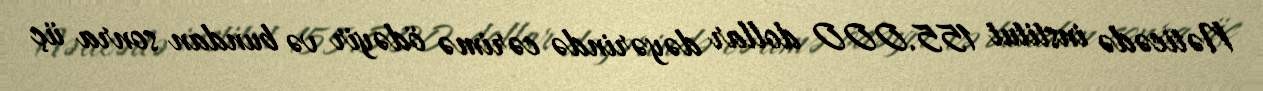
Nəticədə institut 155.000 dollar dəyərində cərimə ödəyir və bundan sonra üç